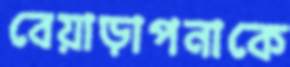
বেয়াড়াপনাকে